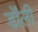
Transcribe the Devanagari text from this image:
डोंली